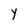
Character: Y